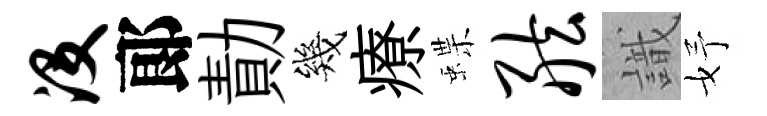
没郞勣幾療蝶舷識妤